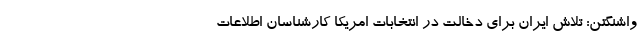
واشنگتن: تلاش ایران برای دخالت در انتخابات امریکا کارشناسان اطلاعات